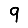
Digit: 9